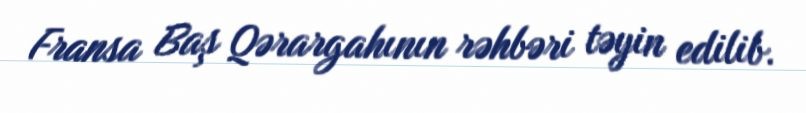
Fransa Baş Qərargahının rəhbəri təyin edilib.